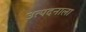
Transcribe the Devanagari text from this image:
उत्पदनाला